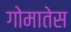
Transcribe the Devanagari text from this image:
गोमातेस